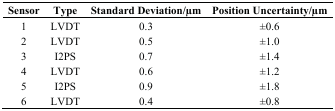
<table><thead><tr><td><b>Sensor</b></td><td><b>Type</b></td><td><b>Standard Deviation/μm</b></td><td><b>Position Uncertainty/μm</b></td></tr></thead><tbody><tr><td>1</td><td>LVDT</td><td>0.3</td><td>±0.6</td></tr><tr><td>2</td><td>LVDT</td><td>0.5</td><td>±1.0</td></tr><tr><td>3</td><td>I2PS</td><td>0.7</td><td>±1.4</td></tr><tr><td>4</td><td>LVDT</td><td>0.6</td><td>±1.2</td></tr><tr><td>5</td><td>I2PS</td><td>0.9</td><td>±1.8</td></tr><tr><td>6</td><td>LVDT</td><td>0.4</td><td>±0.8</td></tr></tbody></table>